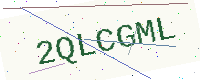
Text: 2QLCGML